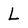
Character: L